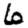
Digit: 6